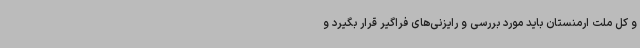
و کل ملت ارمنستان باید مورد بررسی و رایزنی‌های فراگیر قرار بگیرد و